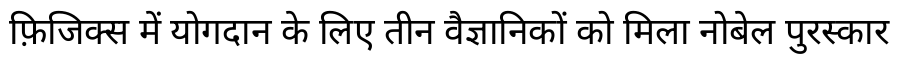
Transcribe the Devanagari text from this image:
फ़िजिक्स में योगदान के लिए तीन वैज्ञानिकों को मिला नोबेल पुरस्कार